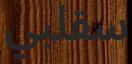
سقلبي